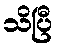
သိပြီ